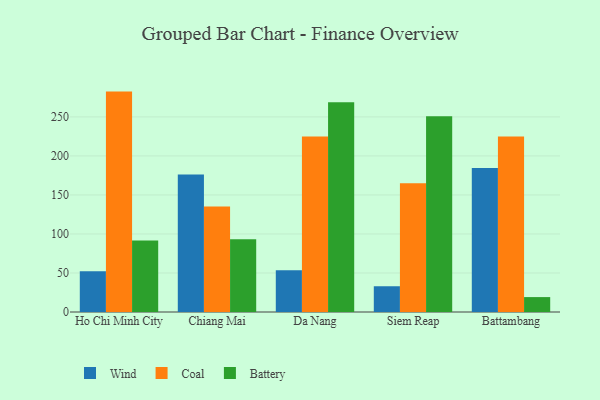
{"axis": {"x": "City", "y": "Active Users"}, "legend": ["Battery", "Coal", "Wind"], "data": [{"x": "Ho Chi Minh City", "y": 52.2, "type": "Wind"}, {"x": "Ho Chi Minh City", "y": 282.4, "type": "Coal"}, {"x": "Ho Chi Minh City", "y": 91.6, "type": "Battery"}, {"x": "Chiang Mai", "y": 176.1, "type": "Wind"}, {"x": "Chiang Mai", "y": 135.2, "type": "Coal"}, {"x": "Chiang Mai", "y": 93.3, "type": "Battery"}, {"x": "Da Nang", "y": 53.6, "type": "Wind"}, {"x": "Da Nang", "y": 224.8, "type": "Coal"}, {"x": "Da Nang", "y": 268.6, "type": "Battery"}, {"x": "Siem Reap", "y": 33.0, "type": "Wind"}, {"x": "Siem Reap", "y": 164.9, "type": "Coal"}, {"x": "Siem Reap", "y": 250.9, "type": "Battery"}, {"x": "Battambang", "y": 184.5, "type": "Wind"}, {"x": "Battambang", "y": 225.0, "type": "Coal"}, {"x": "Battambang", "y": 19.1, "type": "Battery"}]}